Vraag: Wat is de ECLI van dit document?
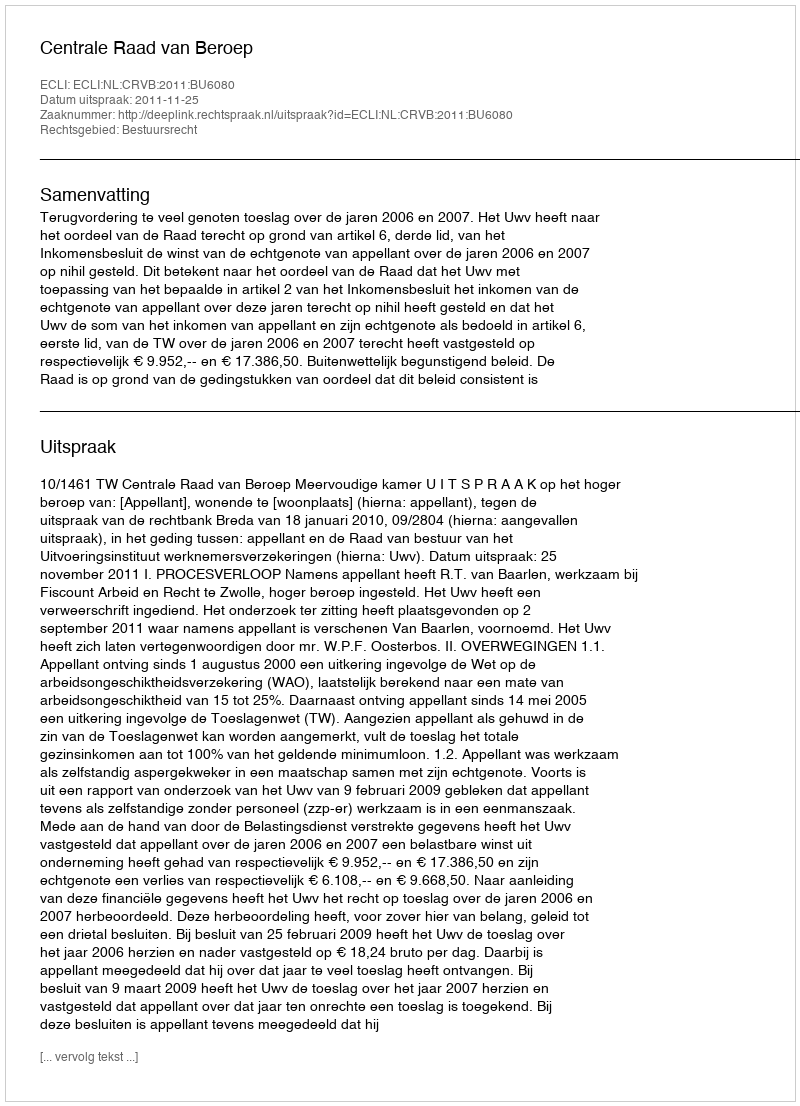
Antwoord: ECLI:NL:CRVB:2011:BU6080